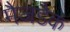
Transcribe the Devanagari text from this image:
मैजडैक